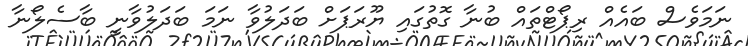
ނަމަވެސް ބައެއް ރިޕޯޓްތައް ބުނާ ގޮތުގައި ޔޫރަޕަށް ބަދަލުވާ ނަމަ ބަދަލުވާނީ ބާސެލޯނާ